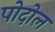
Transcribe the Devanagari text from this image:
पोदोल